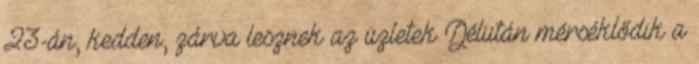
23-án, kedden, zárva lesznek az üzletek Délután mérséklődik a